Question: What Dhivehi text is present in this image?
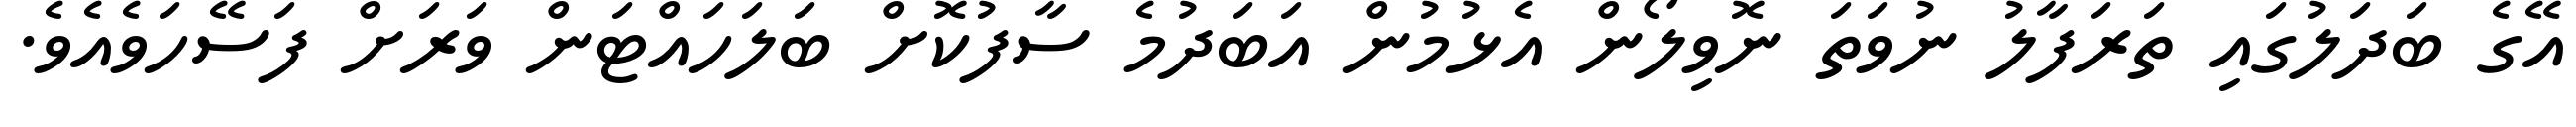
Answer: އޭގެ ބަދަލުގައި ތަރަފާލު ނުވަތަ ނޮވިލޯން އެޅުމުން އަބަދުމެ ސާފުކޮށް ބަލަހައްޓަން ވަރަށް ފަސޭހަވެއެވެ.